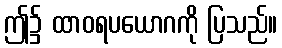
ဤ၌ ထာဝရပယောဂကို ပြသည်။